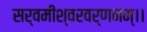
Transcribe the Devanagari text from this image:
सर्वमीश्वरवर्णनम्।।